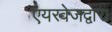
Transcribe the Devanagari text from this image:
एयरवेजद्वारा